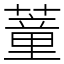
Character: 蕫